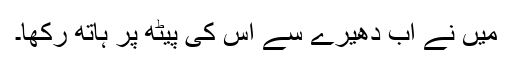
میں نے اب دھیرے سے اس کی پیٹھ پر ہاتھ رکھا۔